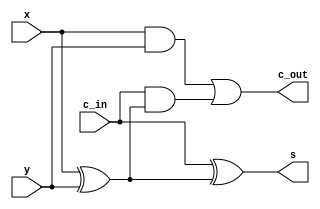
`timescale 1ns / 1ps
//////////////////////////////////////////////////////////////////////////////////
// Company: 
// Engineer: 
// 
// Design Name: 
// Module Name: full_adder
// Project Name: 
// Target Devices: 
// Tool Versions: 
// Description: 
// 
// Dependencies: 
// 
// Revision:
// Revision 0.01 - File Created
// Additional Comments:
// 
//////////////////////////////////////////////////////////////////////////////////


module full_adder(
    x, y, c_in, s, c_out
    );
    input x, y, c_in;
    output s, c_out;
    
    wire s1, c1, c2;
    
    xor xor_half(s1, x, y);
    and and_half(c1, x, y);
    
    xor xor_half2(s, c_in, s1);
    and and_half2(c2, c_in, s1);
    
    or or_carry(c_out, c1, c2);
    
endmodule